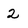
Character: 2